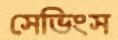
সেভিংস